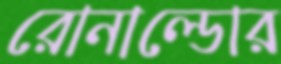
রোনাল্ডোর